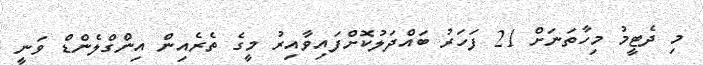
މި ދެޓީމު މިހާތަނަށް 21 ފަހަރު ބައްދަލުކޮށްފައިވާއިރު މީގެ ތެރެއިން އިންގްލެންޑް ވަނީ